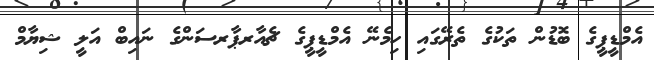
އެމްޑީޕީގެ ބޮޑުން ތަކުގެ ތެރޭގައި ހިމެނޭ އެމްޑީޕީގެ ޗެއާރޕާރސަންގެ ނައިބް އަލީ ޝިޔާމް